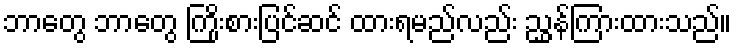
ဘာတွေ ဘာတွေ ကြိုးစားပြင်ဆင် ထားရမည်လည်း ညွှန်ကြားထားသည်။